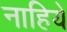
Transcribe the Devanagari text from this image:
नाहिये